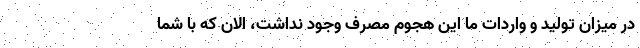
در میزان تولید و واردات ما این هجوم مصرف وجود نداشت، الان که با شما